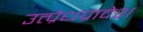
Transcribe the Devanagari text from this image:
उत्प्रेधप्रादेश